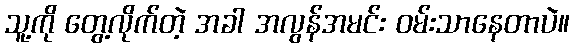
သူ့ကို တွေ့လိုက်တဲ့ အခါ အလွန်အမင်း ဝမ်းသာနေတာပဲ။